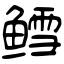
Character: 鳕